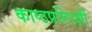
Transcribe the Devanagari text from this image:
काष्ठप्रतिरक्षी